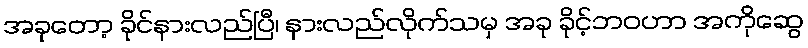
အခုတော့ ခိုင်နားလည်ပြီ၊ နားလည်လိုက်သမှ အခု ခိုင့်ဘဝဟာ အကိုဆွေ